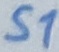
Text: S1